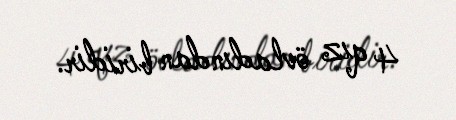
4 qız övladından biridir.